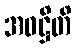
အဝဋ္ဌိတိ